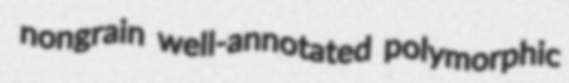
nongrain well-annotated polymorphic